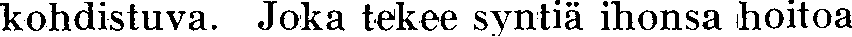
kohdistuva. Joka tekee syntiä ihonsa hoitoa